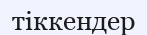
тіккендер